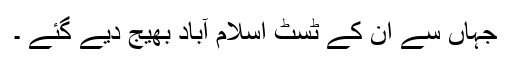
جہاں سے ان کے ٹسٹ اسلام آباد بھیج دیے گئے ۔